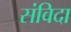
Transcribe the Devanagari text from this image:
संविदा